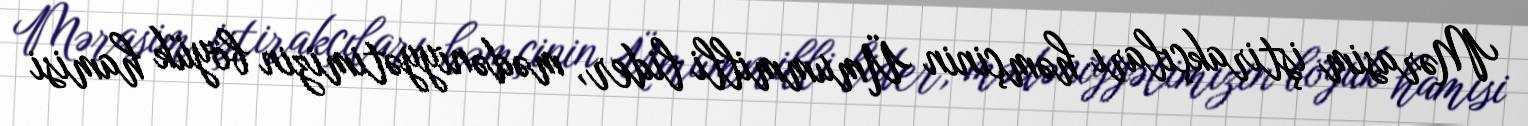
Mərasim iştirakçıları həmçinin Ümummilli lider, mədəniyyətimizin böyük hamisi